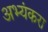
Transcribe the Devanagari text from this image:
अभ्यंकरा